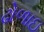
ઢોળાઇ